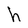
Character: h